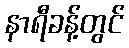
နာရီခန့်တွင်